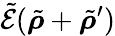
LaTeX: \tilde{\mathcal{E}}(\tilde{\boldsymbol{\rho}}+\tilde{\boldsymbol{\rho}}^{\prime})